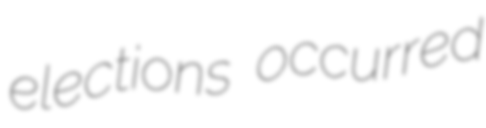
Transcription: elections occurred